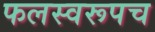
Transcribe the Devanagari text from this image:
फलस्वरूपच